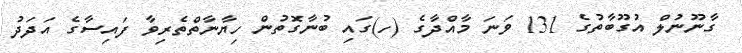
ގާނޫނުލް އުގޫބާތުގެ 131 ވަނަ މާއްދާގެ (ހ)ގައި ބުނާގޮތުން ހިޔާނާތްތެރިވާ ފައިސާގެ އަދަދު